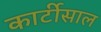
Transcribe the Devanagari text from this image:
कार्टीसाल